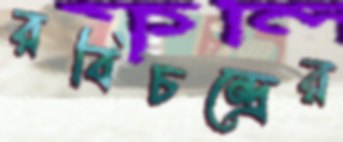
রবিচন্দ্রের